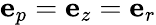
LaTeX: \mathbf{e}_{p}=\mathbf{e}_{z}=\mathbf{e}_{r}